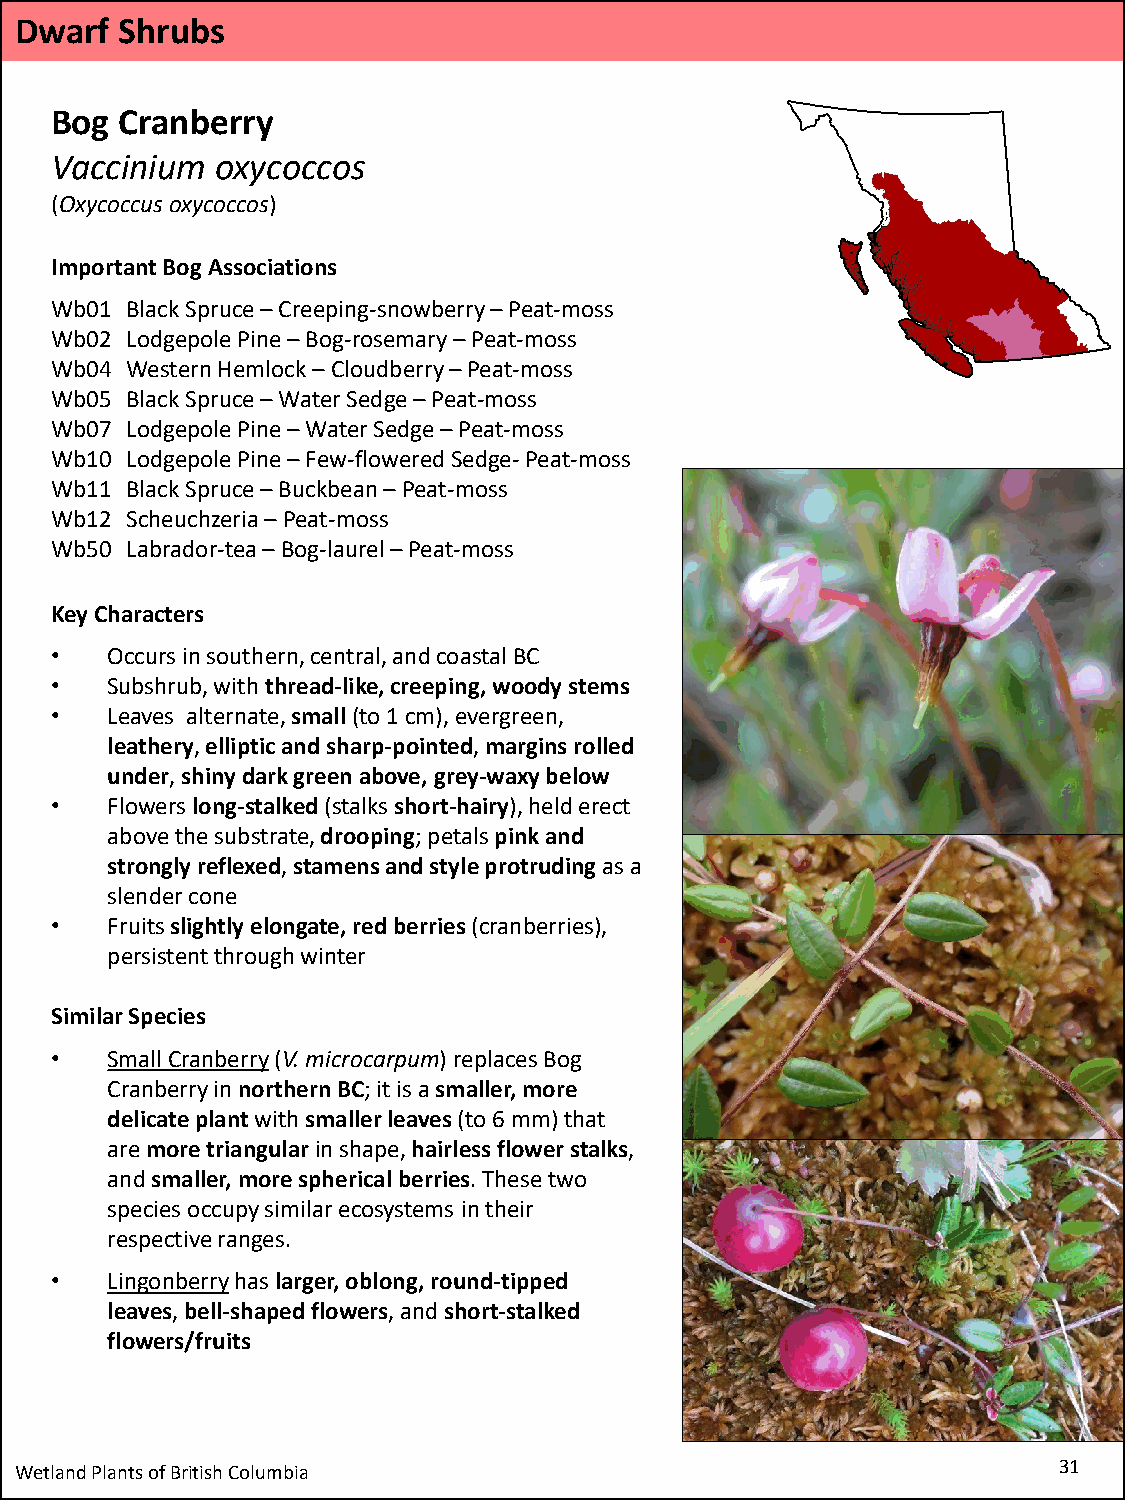
Dwarf  Shrubs
 Bog  Cranberry
 Vaccinium  oxycoccos
 (Oxycoccusoxycoccos)
 Important Bog Associations
 Wb01 Black Spruce –Creeping-snowberry –Peat-moss
 Wb02 Lodgepole Pine –Bog-rosemary –Peat-moss
 Wb04 Western Hemlock –Cloudberry –Peat-moss
 Wb05 Black Spruce –Water Sedge –Peat-moss
 Wb07 Lodgepole Pine –Water Sedge –Peat-moss
 Wb10 Lodgepole Pine –Few-flowered Sedge-Peat-moss
 Wb11 Black Spruce –Buckbean –Peat-moss
 Wb12 Scheuchzeria–Peat-moss
 Wb50 Labrador-tea –Bog-laurel –Peat-moss
 Key Characters
 •   Occurs in southern, central, and coastal BC
 •   Subshrub, with thread-like, creeping, woody stems
 •   Leaves alternate, small(to 1 cm), evergreen,
 leathery, elliptic and sharp-pointed, margins rolled
 under, shiny dark green above, grey-waxy below
 •   Flowers long-stalked (stalks short-hairy), held erect
 above the substrate, drooping; petals pink and
 strongly reflexed, stamens and style protruding as a
 slender cone
 •   Fruits slightly elongate, red berries (cranberries),
 persistent through winter
 Similar Species
 •   Small Cranberry(V. microcarpum) replaces Bog
 Cranberry in northern BC; it is a smaller, more
 delicate plantwith smaller leaves (to 6 mm) that
 are more triangular in shape, hairless flower stalks,
 and smaller, more spherical berries. These two
 species occupy similar ecosystems in their
 respective ranges.
 •   Lingonberryhaslarger, oblong, round-tipped
 leaves, bell-shaped flowers, and short-stalked
 flowers/fruits
 Wetland Plants of British Columbia                                   31